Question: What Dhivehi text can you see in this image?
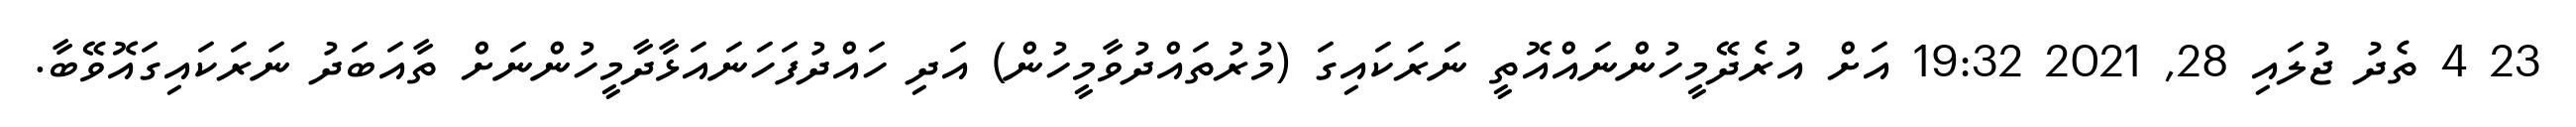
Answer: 23 4 ތެދު ޖުލައި 28, 2021 19:32 އަށް އުރެދޭމީހުންނައްއޮތީ ނަރަކައިގަ (މުރުތައްދުވާމީހުން) އަދި ހައްދުފަހަނައަޅާދާމީހުންނަށް ތާއަބަދު ނަރަކައިގައޮވޭބާ.